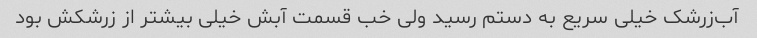
آب‌زرشک خیلی سریع به دستم رسید ولی خب قسمت آبش خیلی بیشتر از زرشکش بود